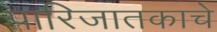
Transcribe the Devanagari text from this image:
पारिजातकाचे